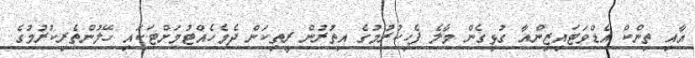
އާއި ތިންކް އެޑްވަޓައިޒިންއާ ގުޅިގެން މާލެ ފެހިކުރުމުގެ އިތުރުން ރީތިކަން ދެމެހެއްޓުމަށްޓަކައި ހޭލުންތެރިކުރުމުގެ